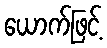
ယောက်ဖြင့်